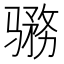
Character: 𱅨